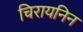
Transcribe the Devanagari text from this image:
चिरायनिन